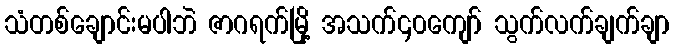
သံတစ်ချောင်းမပါဘဲ ဇာဂရက်မြို့ အသက်၄၀ကျော် သွက်လက်ချက်ချာ